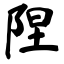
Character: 陧